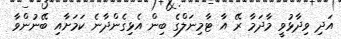
އަދި ވިދާޅުވީ މާދަމާ ރޭ އާ ޓާމިނަލްގެ ބިން އެޅިގެންދާނެ ކަމަށާއި ބޭނުންވާ